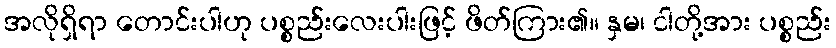
အလိုရှိရာ တောင်းပါဟု ပစ္စည်းလေးပါးဖြင့် ဖိတ်ကြား၏။ နှမ၊ ငါတို့အား ပစ္စည်း